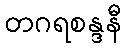
တဂရစန္ဒနီ